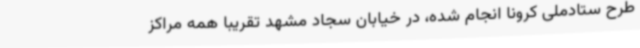
طرح ستادملی کرونا انجام شده، در خیابان سجاد مشهد تقریبا همه مراکز